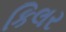
કિલર